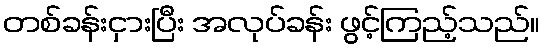
တစ်ခန်းငှားပြီး အလုပ်ခန်း ဖွင့်ကြည့်သည်။